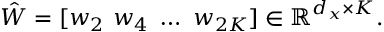
\begin{array} { r } { \hat { W } = [ w _ { 2 } \ w _ { 4 } \ \dots \ w _ { 2 K } ] \in \mathbb { R } ^ { d _ { x } \times K } . } \end{array}